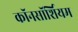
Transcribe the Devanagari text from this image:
कॉनसॉर्शियम